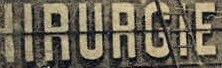
HIRURGIE